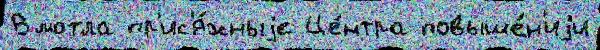
Вмотла пр'ис'я́жныjе Це́нтра повыше́н'иjи